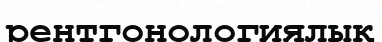
рентгонологиялық